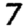
Digit: 7